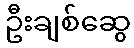
ဦးချစ်ဆွေ